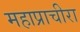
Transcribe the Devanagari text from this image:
महाप्राचीरा